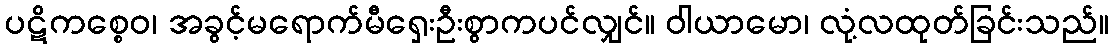
ပဋိကစ္စေဝ၊ အခွင့်မရောက်မီရှေးဦးစွာကပင်လျှင်။ ဝါယာမော၊ လုံ့လထုတ်ခြင်းသည်။